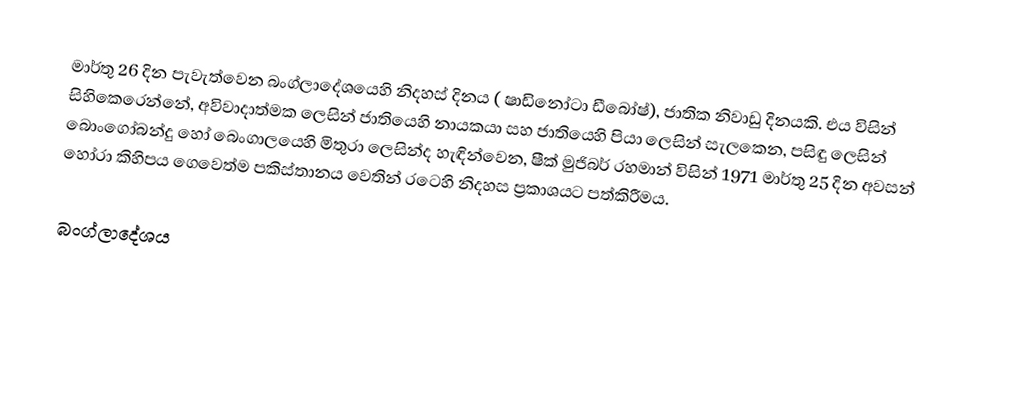
මාර්තු 26 දින පැවැත්වෙන බංග්ලාදේශයෙහි නිදහස් දිනය ( ෂාඩිනෝටා ඩීබෝෂ්),  ජාතික නිවාඩු දිනයකි. එය විසින් සිහිකෙරෙන්නේ,  අවිවාදාත්මක ලෙසින් ජාතියෙහි නායකයා සහ ජාතියෙහි පියා ලෙසින් සැලකෙන, පසිඳු ලෙසින් බොංගෝබන්දු හෝ බෙංගාලයෙහි මිතුරා ලෙසින්ද හැඳින්වෙන,  ෂීක් මුජිබර් රහමාන් විසින් 1971 මාර්තු 25 දින අවසන් හෝරා කිහිපය ගෙවෙත්ම පකිස්තානය වෙතින්  රටෙහි නිදහස ප්‍රකාශයට පත්කිරීමය.

බංග්ලාදේශය